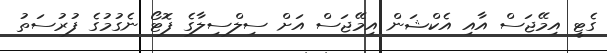
ގެޓީ އިމޭޖަސް އާއި އެކްޝަން އިމޭޖަސް އަށް ސިލްސިލާގެ ފޮޓޯ ނެގުމުގެ ފުރުސަތު